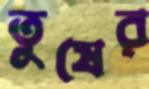
তুষের